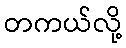
တကယ်လို့